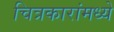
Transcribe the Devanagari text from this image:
चित्रकारांमध्ये